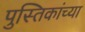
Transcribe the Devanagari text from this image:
पुस्तिकांच्‍या